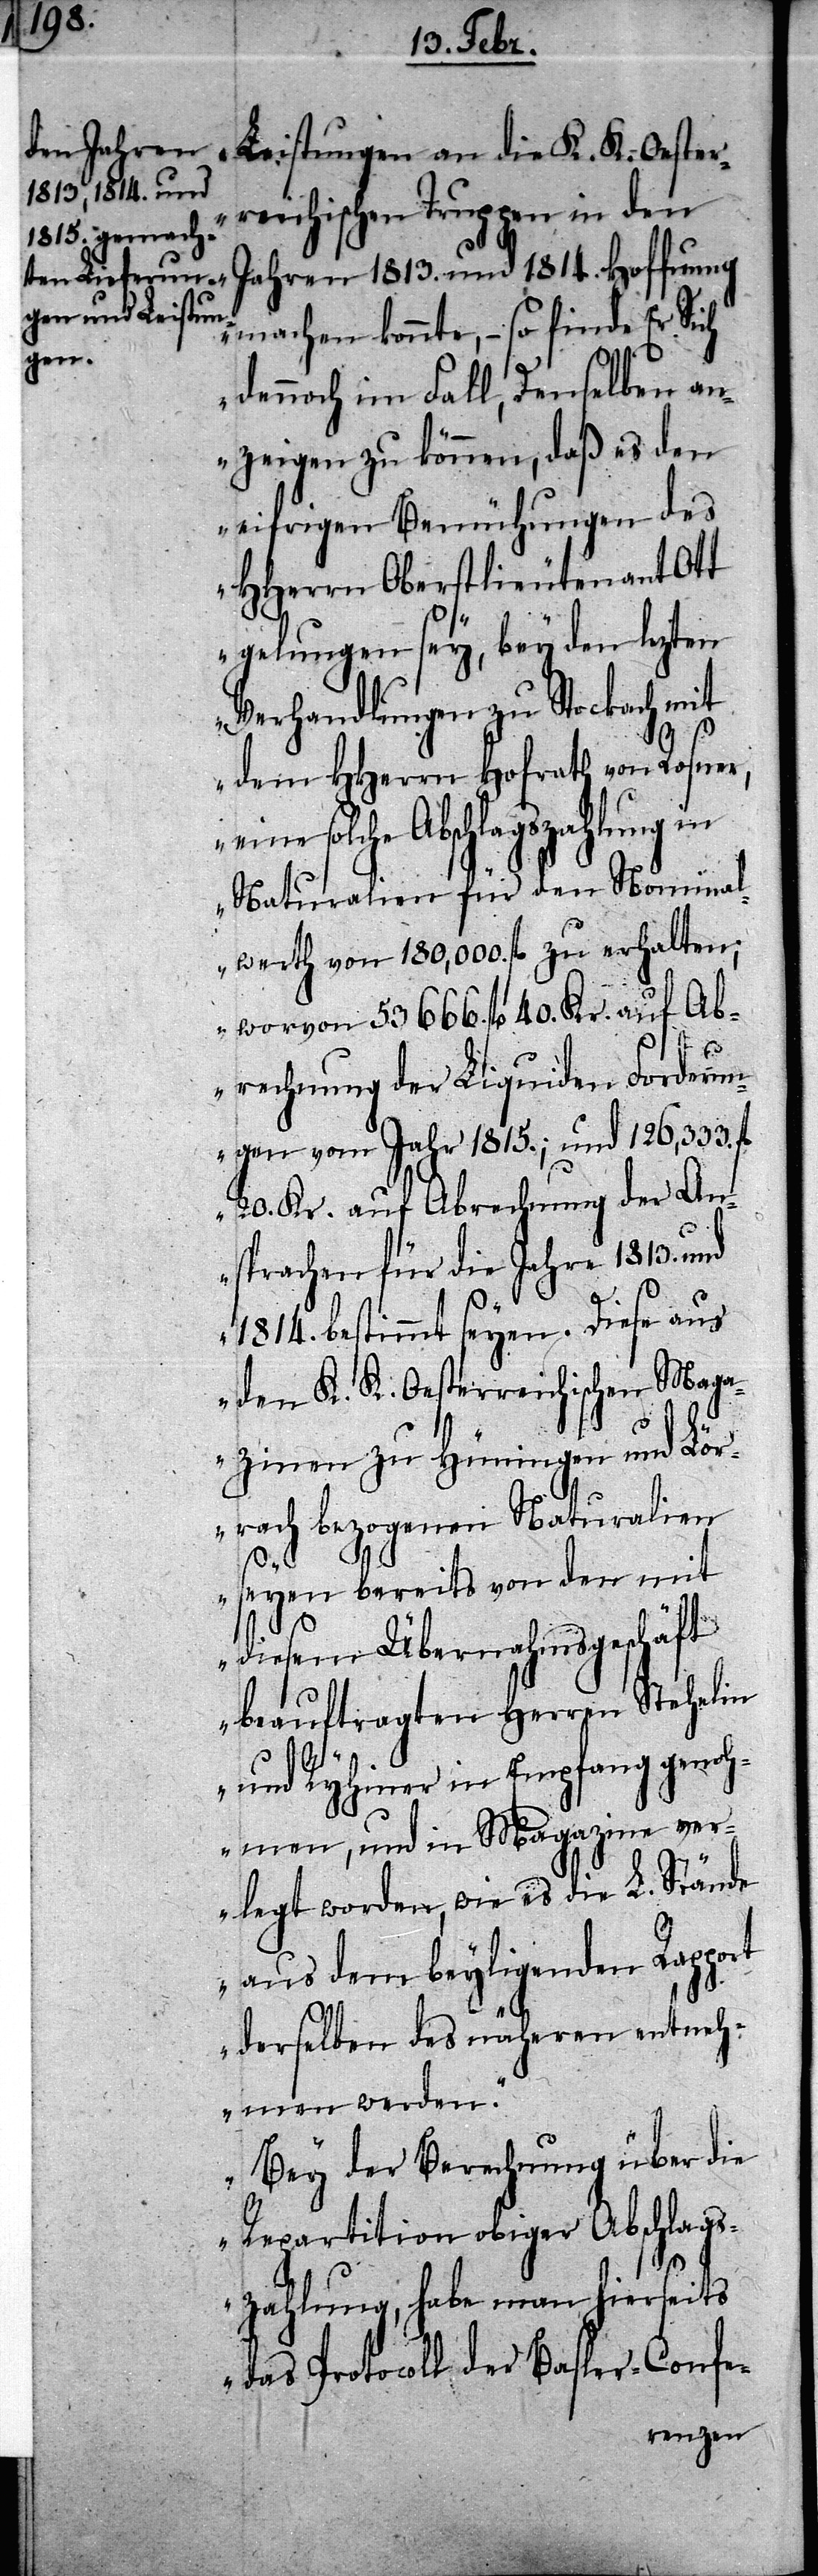
Leistungen an die K. K. Oester¬
reichischen Truppen in den
Jahren 1813. und 1814. Hoffnung
machen könnte, – so finde Er Sich
dennoch im Fall, Denselben an¬
zeigen zu können, daß es den
eifrigen Bemühungen des
HHerrn Oberstlieutenant Ott
gelungen sey, bey den lezten
Verhandlungen zu Stockach mit
dem HHerrn Hofrath von Rosner,
ne solche Abschlagszahlung in
Naturalien für den Nominal¬
werth von 180,000. fl. zu erhalten;
wovon 53666. fl. 40. Kr. auf Ab¬
ei¬
rechnung der Liquiden Forderun¬
gen vom Jahr 1815.; und 126,333.
20. Kr. auf Abrechnung der An¬
sprachen für die Jahre 1813. und
1814. bestimmt seyen. Diese aus
den K. K. Oesterreichischen Maga¬
zinen zu Hüningen und Lör¬
rach bezogenen Naturalien
seyen bereits von den mit
diesem Übernahmsgeschäft
beauftragten Herren Stehelin
und Ryhiner in Empfang genoh¬
men, und in Magazine ver¬
legt worden, wie es die L. Stände
aus dem beyliegenden Rapport
derselben des näheren entneh¬
men werden.
Bey der Berechnung über die
Repartition obiger Abschlags¬
zahlung, habe man hierseits
das Protocoll der Basler-Confe-